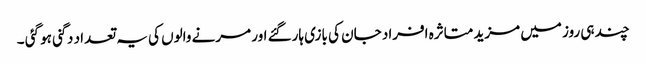
چند ہی روز میں مزید متاثرہ افراد جان کی بازی ہارگئے اور مرنے والوں کی یہ تعداد دگنی ہو گئی ۔